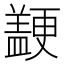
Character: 𱻒